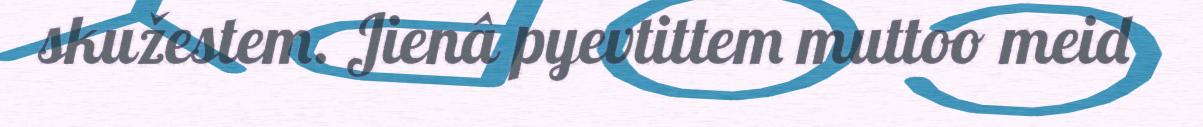
skužestem. Jienâ pyevtittem muttoo meid